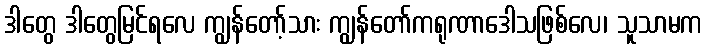
ဒါတွေ ဒါတွေမြင်ရလေ ကျွန်တော့်သား ကျွန်တော်ကရုဏာဒေါသဖြစ်လေ၊ သူသာမက